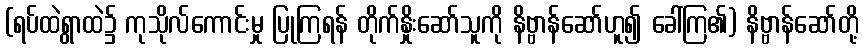
(ရပ်ထဲရွာထဲ၌ ကုသိုလ်ကောင်းမှု ပြုကြရန် တိုက်နှိုးဆော်သူကို နိဗ္ဗာန်ဆော်ဟူ၍ ခေါ်ကြ၏) နိဗ္ဗာန်ဆော်တို့